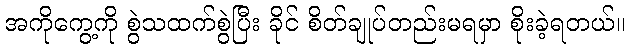
အကိုကွေ့ကို စွဲသထက်စွဲပြီး ခိုင် စိတ်ချုပ်တည်းမရမှာ စိုးခဲ့ရတယ်။